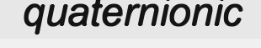
quaternionic